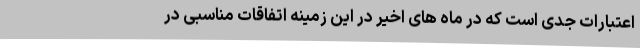
اعتبارات جدی است که در ماه های اخیر در این زمینه اتفاقات مناسبی در